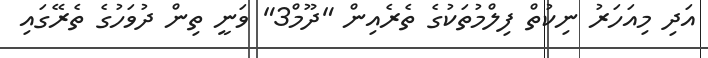
އަދި މިއަހަރު ނިކުތް ފިލްމުތަކުގެ ތެރެއިން "ދޫމް3" ވަނީ ތިން ދުވަހުގެ ތެރޭގައި